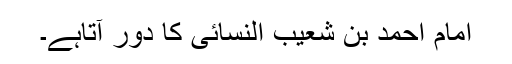
امام احمد بن شعیب النسائی کا دور آتاہے۔